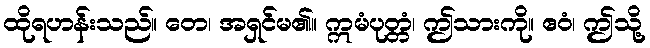
ထိုရဟန်းသည်။ တေ၊ အရှင်မ၏။ ဣမံပုတ္တံ၊ ဤသားကို။ ဧဝံ၊ ဤသို့